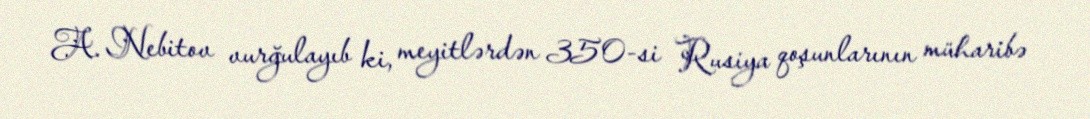
A. Nebitov vurğulayıb ki, meyitlərdən 350-si Rusiya qoşunlarının müharibə